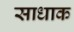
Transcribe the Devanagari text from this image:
साधाक